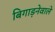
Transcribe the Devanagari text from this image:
बिगाड़नेवाले